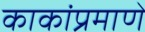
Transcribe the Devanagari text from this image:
काकांप्रमाणे